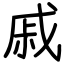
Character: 戚